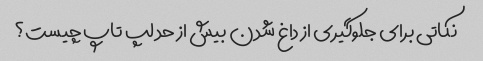
نکاتی برای جلوگیری از داغ شدن بیش از حد لپ تاپ چیست؟